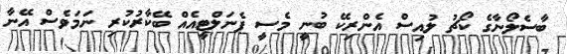
ބާސެލޯނާގެ ކޯޗު ލުއިސް އެންރިކޭ ބުނީ މެސީ ޕެނަލްޓީއެއް ބޭކާރުކުރި ނަމަވެސް އޭނާ